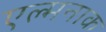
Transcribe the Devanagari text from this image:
एल्मनाक